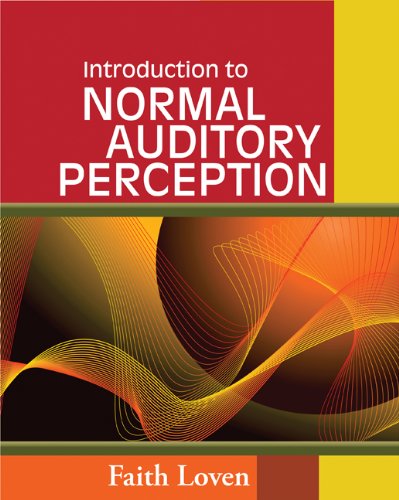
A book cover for Introduction to Normal Auditory Perception; Faith Loven; Medical Books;